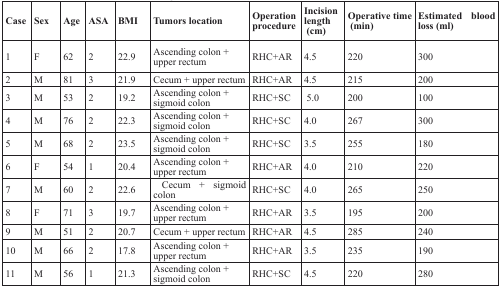
<table><thead><tr><td><b>Case</b></td><td><b>Sex</b></td><td><b>Age</b></td><td><b>ASA</b></td><td><b>BMI</b></td><td><b>Tumors location</b></td><td><b>Operation procedure</b></td><td><b>Incision length (cm)</b></td><td><b>Operative time (min)</b></td><td><b>Estimated blood loss (ml)</b></td></tr></thead><tbody><tr><td>1</td><td>F</td><td>62</td><td>2</td><td>22.9</td><td>Ascending colon +upper rectum</td><td>RHC+AR</td><td>4.5</td><td>220</td><td>300</td></tr><tr><td>2</td><td>M</td><td>81</td><td>3</td><td>21.9</td><td>Cecum + upper rectum</td><td>RHC+AR</td><td>4.5</td><td>215</td><td>200</td></tr><tr><td>3</td><td>M</td><td>53</td><td>2</td><td>19.2</td><td>Ascending colon +sigmoid colon</td><td>RHC+SC</td><td>5.0</td><td>200</td><td>100</td></tr><tr><td>4</td><td>M</td><td>76</td><td>2</td><td>22.3</td><td>Ascending colon +sigmoid colon</td><td>RHC+SC</td><td>4.0</td><td>267</td><td>300</td></tr><tr><td>5</td><td>M</td><td>68</td><td>2</td><td>23.5</td><td>Ascending colon +sigmoid colon</td><td>RHC+SC</td><td>3.5</td><td>255</td><td>180</td></tr><tr><td>6</td><td>F</td><td>54</td><td>1</td><td>20.4</td><td>Ascending colon +upper rectum</td><td>RHC+AR</td><td>4.0</td><td>210</td><td>220</td></tr><tr><td>7</td><td>M</td><td>60</td><td>2</td><td>22.6</td><td>Cecum + sigmoid colon</td><td>RHC+SC</td><td>4.0</td><td>265</td><td>250</td></tr><tr><td>8</td><td>F</td><td>71</td><td>3</td><td>19.7</td><td>Ascending colon +upper rectum</td><td>RHC+AR</td><td>3.5</td><td>195</td><td>200</td></tr><tr><td>9</td><td>M</td><td>51</td><td>2</td><td>20.7</td><td>Cecum + upper rectum</td><td>RHC+AR</td><td>4.5</td><td>285</td><td>240</td></tr><tr><td>10</td><td>M</td><td>66</td><td>2</td><td>17.8</td><td>Ascending colon +upper rectum</td><td>RHC+AR</td><td>3.5</td><td>235</td><td>190</td></tr><tr><td>11</td><td>M</td><td>56</td><td>1</td><td>21.3</td><td>Ascending colon +sigmoid colon</td><td>RHC+SC</td><td>4.5</td><td>220</td><td>280</td></tr></tbody></table>